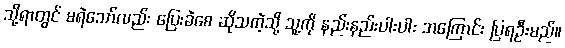
သို့ရာတွင် မရဲသော်လည်း ပြေးခဲစေ ဆိုသကဲ့သို့ သူ့ကို နည်းနည်းပါးပါး အကြောင်း ပြရဦးမည်။